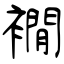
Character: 襉